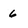
Character: 6